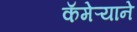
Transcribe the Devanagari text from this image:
कॅमेऱ्याने